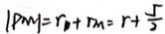
\vert P m \vert = r _ { p } + r _ { m } = r + \frac { 5 } { 2 }